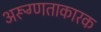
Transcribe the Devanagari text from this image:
अरूग्णताकारक